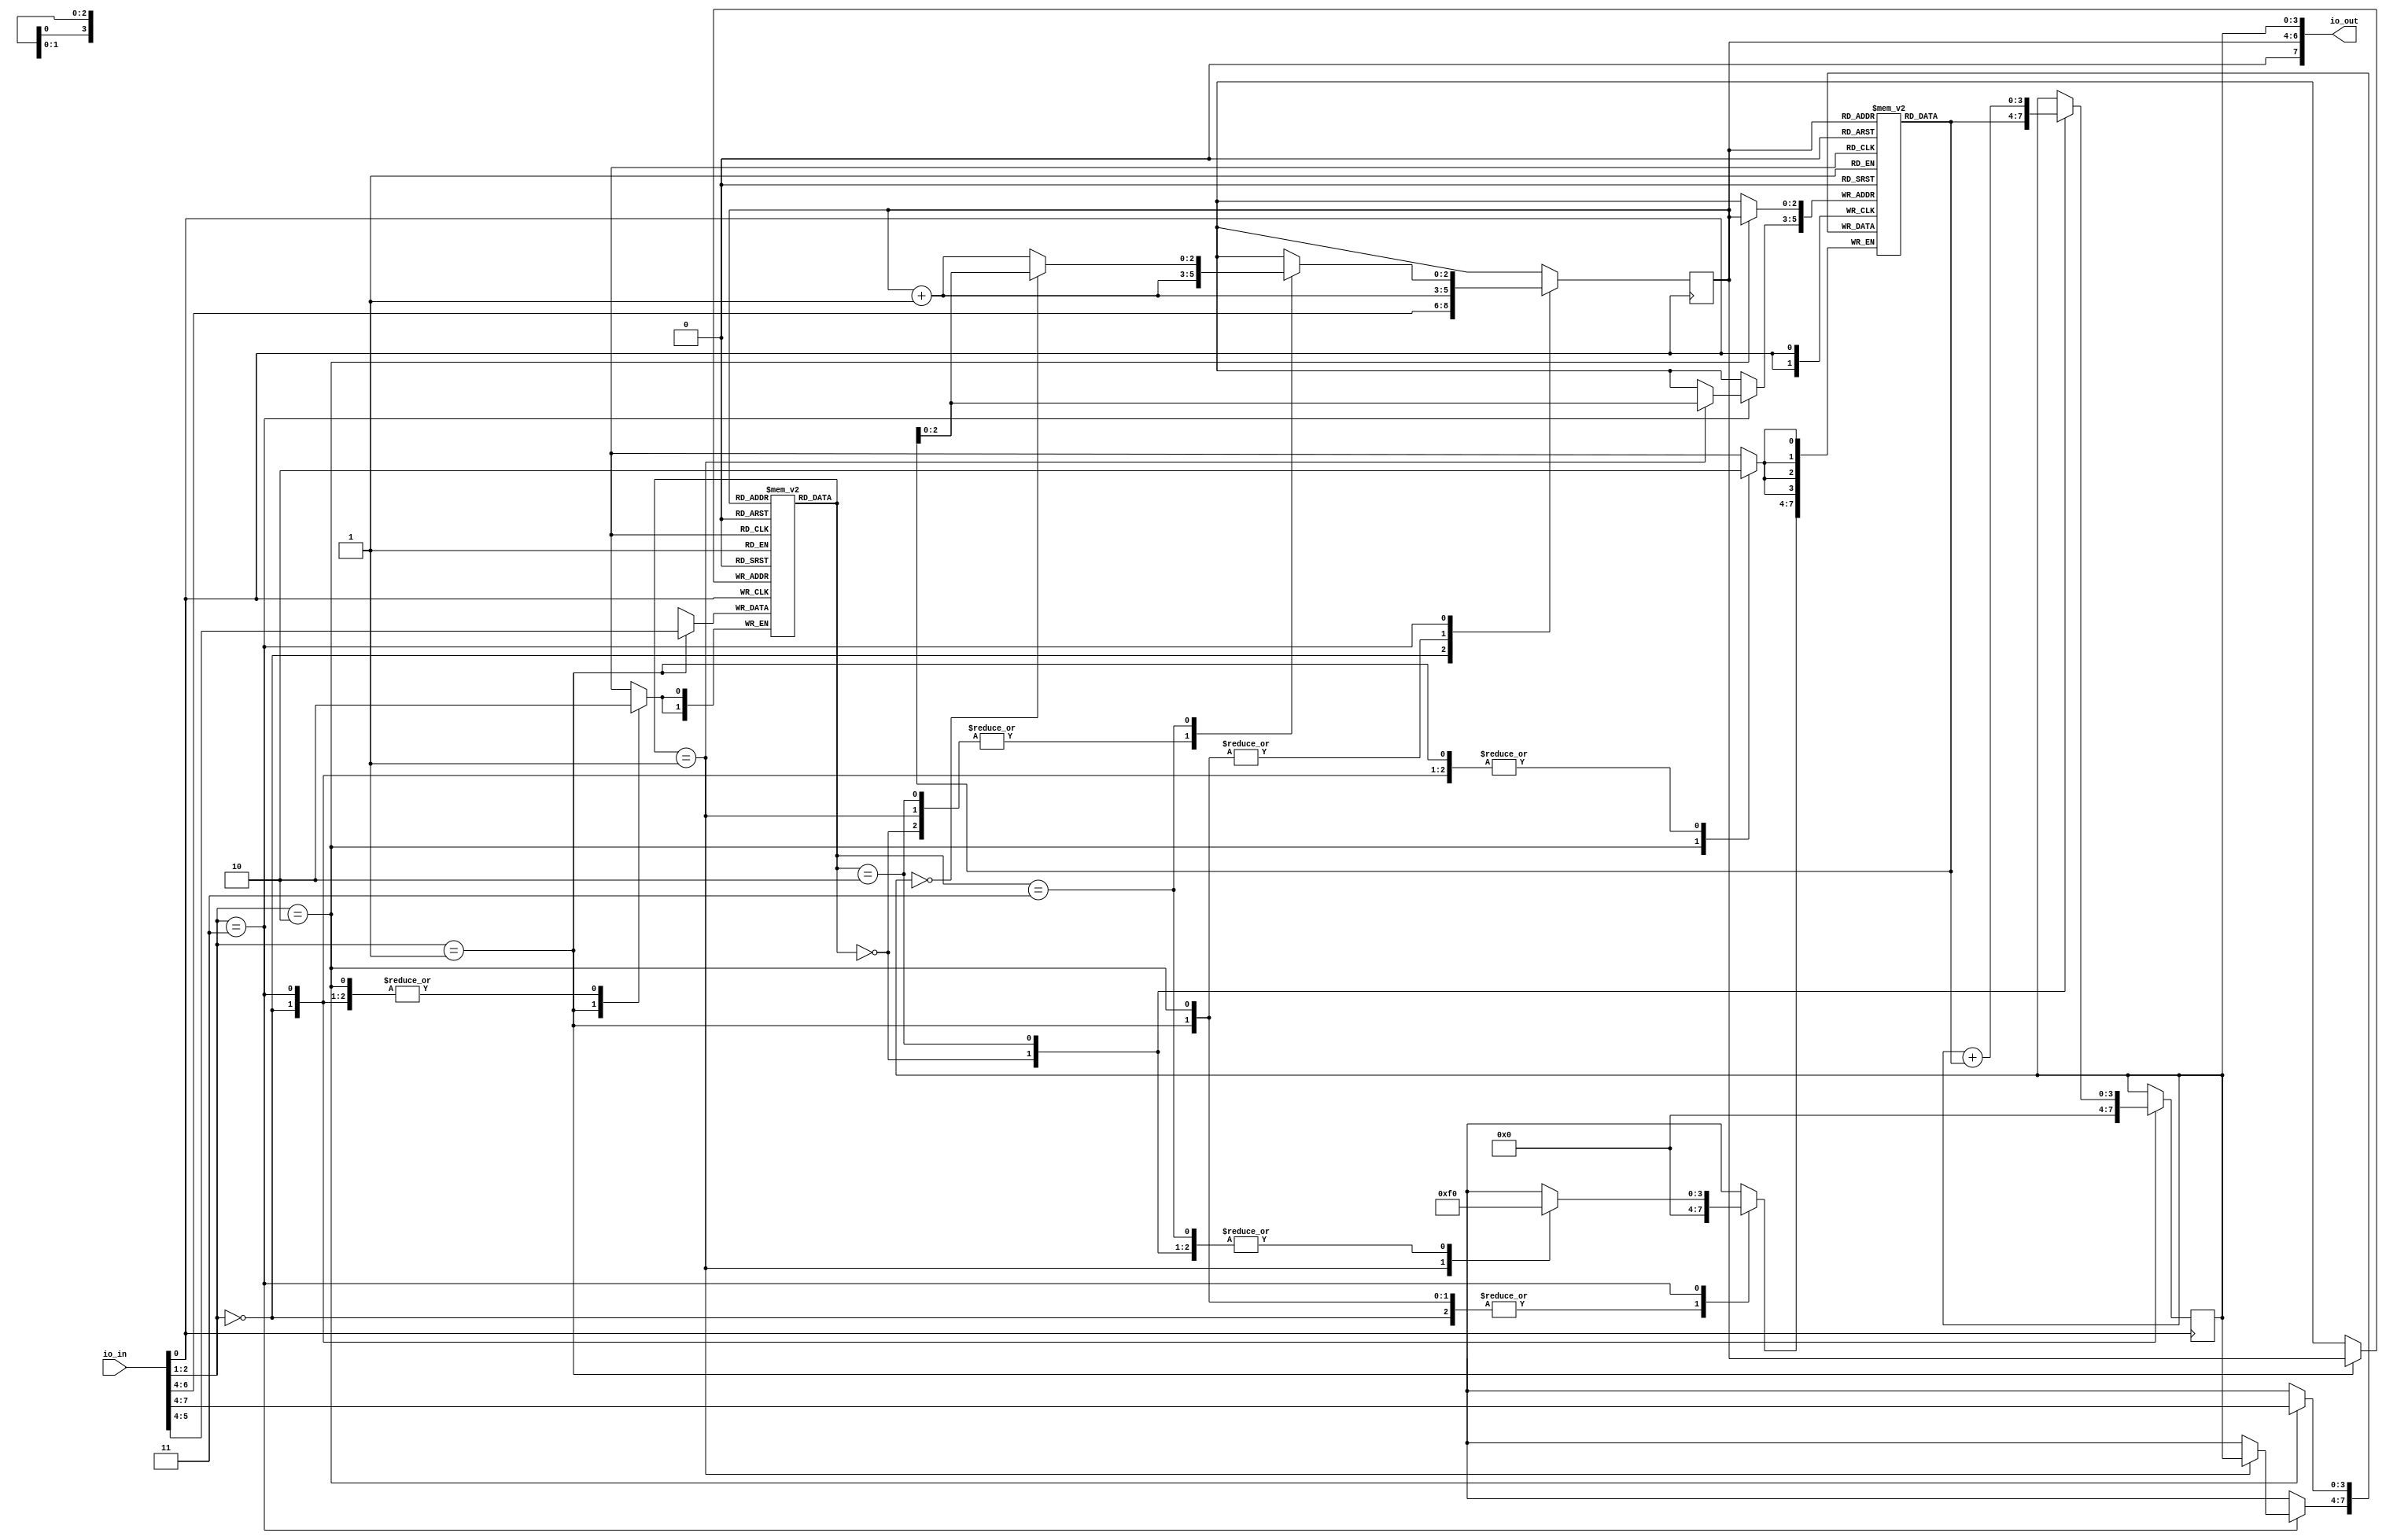
`default_nettype none

// Instructions
`define Load 0
`define Store 1
`define Add 2
`define Bz 3

// Commands
`define Reset 0
`define LoadCode 1
`define LoadData 2
`define Run 3

// Keep I/O fixed for TinyTapeout
module user_module_341193419111006803(
  input [7:0] io_in,
  output [7:0] io_out
);

   // State
   reg [1:0]   code[7:0];
   reg [3:0]   data[7:0];
   reg [2:0]   pc;
   reg [3:0]   acc;

   wire [2:0]  npc = pc + 1;

   assign io_out = {1'd0, pc, acc};
   wire [3:0]  cmdarg = io_in[7:4];
   wire [3:0]  arg = data[pc];

   always @(posedge io_in[0])
      case (io_in[2:1])
        `Reset: begin
           $display("        Reset");
           pc <= cmdarg[2:0];
           acc <= 0;
        end
        `LoadCode: begin
           $display("        LoadCode %d: Insn %d", pc, cmdarg);
           code[pc] <= cmdarg;
           pc <= npc;
        end
        `LoadData: begin
           $display("        LoadData %d: Data %d", pc, cmdarg);
           data[pc] <= cmdarg;
           pc <= npc;
        end
        `Run: begin
           $display("        Running %d (insn %d, %d)", pc, code[pc], data[pc]);
           case (code[pc])
             `Load: begin acc <= arg; pc = npc; end
             `Store: begin data[arg[2:0]] <= acc; pc <= npc; end
             `Add: begin acc <= acc + arg; pc <= npc; end
             `Bz: begin pc <= acc == 0 ? arg : npc; end
           endcase
           end
      endcase
endmodule

`ifdef TB
module tb;
   reg clock = 1;
   always #5 clock = !clock;

   //reg [7:0] io_in;
   reg [1:0] cmd;
   reg [3:0] cmdarg;

   wire [7:0] io_out;
   wire [7:0] io_in = {cmdarg, 1'b0, cmd, clock};
   user_module_341193419111006803 pdp0001(io_in, io_out);

   initial begin
      $monitor("%05d  pc %d acc %d", $time, pdp0001.pc, pdp0001.acc);
      cmd = `Reset; cmdarg = 0;
      @(negedge clock)
      cmd = `LoadCode;

      cmdarg = `Load; @(negedge clock)
      cmdarg = `Store; @(negedge clock)

      cmdarg = `Add; @(negedge clock)
      cmdarg = `Store; @(negedge clock)

      cmdarg = `Load; @(negedge clock)
      cmdarg = `Store; @(negedge clock)

      cmdarg = `Add; @(negedge clock)
      cmdarg = `Bz; @(negedge clock)

      cmd = `LoadData;

      cmdarg = 1; @(negedge clock)
      cmdarg = 4; @(negedge clock)

      cmdarg = 1; @(negedge clock)
      cmdarg = 0; @(negedge clock)

      cmdarg = 9; @(negedge clock)
      cmdarg = 2; @(negedge clock)

      cmdarg = 8; @(negedge clock)
      cmdarg = 7; @(negedge clock)

      cmd = `Reset; cmdarg = 0;

      @(negedge clock) cmd = `Run;
      @(negedge clock) cmd = `Run;
      @(negedge clock) cmd = `Run;
      @(negedge clock) cmd = `Run;
      @(negedge clock) cmd = `Run;
      @(negedge clock) cmd = `Run;
      @(negedge clock) cmd = `Run;
      @(negedge clock) cmd = `Run;
      @(negedge clock) cmd = `Run;
      @(negedge clock) cmd = `Run;
      @(negedge clock) cmd = `Run;
      @(negedge clock) cmd = `Run;
      @(negedge clock) cmd = `Run;
      @(negedge clock) cmd = `Run;
      @(negedge clock) cmd = `Run;
      @(negedge clock) cmd = `Run;
      @(negedge clock) cmd = `Run;
      @(negedge clock) cmd = `Run;
      @(negedge clock) cmd = `Run;
      @(negedge clock) cmd = `Run;
      @(negedge clock) cmd = `Run;
      @(negedge clock) cmd = `Run;
      @(negedge clock) cmd = `Run;
      @(negedge clock) cmd = `Run;
      @(negedge clock) cmd = `Run;
      @(negedge clock) cmd = `Run;
      @(negedge clock) cmd = `Run;
      @(negedge clock) cmd = `Run;
      @(negedge clock) cmd = `Run;
      @(negedge clock) cmd = `Run;
      @(negedge clock) cmd = `Run;
      @(negedge clock) cmd = `Run;
      @(negedge clock) cmd = `Run;
      @(negedge clock) cmd = `Run;
      @(negedge clock) cmd = `Run;
      @(negedge clock) cmd = `Run;
      @(negedge clock) cmd = `Run;
      @(negedge clock) cmd = `Run;
      @(negedge clock) cmd = `Run;
      @(negedge clock) cmd = `Run;
      @(negedge clock) cmd = `Run;
      @(negedge clock) cmd = `Run;
      @(negedge clock) cmd = `Run;
      @(negedge clock) cmd = `Run;
      @(negedge clock) cmd = `Run;
      @(negedge clock) cmd = `Run;
      @(negedge clock) cmd = `Run;
      @(negedge clock) cmd = `Run;
      @(negedge clock) cmd = `Run;
      @(negedge clock) cmd = `Run;
      @(negedge clock) cmd = `Run;
      @(negedge clock) cmd = `Run;
      @(negedge clock) cmd = `Run;
      @(negedge clock) cmd = `Run;
      @(negedge clock) cmd = `Run;
      @(negedge clock) cmd = `Run;
      @(negedge clock) cmd = `Run;
      @(negedge clock) cmd = `Run;
      @(negedge clock) cmd = `Run;
      @(negedge clock) cmd = `Run;
      @(negedge clock) cmd = `Run;
      @(negedge clock) cmd = `Run;
      @(negedge clock) cmd = `Run;
      @(negedge clock) cmd = `Run;

      #100 $display("The End");
      $finish;
   end
endmodule
`endif